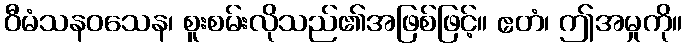
ဝီမံသနဝသေန၊ စူးစမ်းလိုသည်၏အဖြစ်ဖြင့်။ ဧတံ၊ ဤအမှုကို။